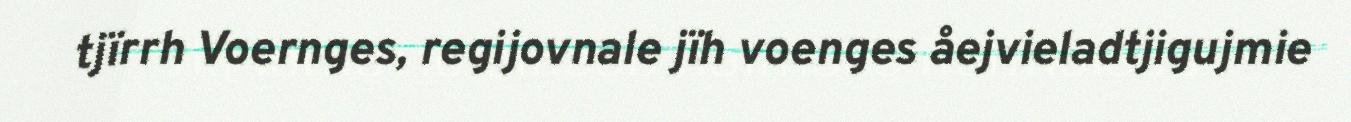
tjïrrh Voernges, regijovnale jïh voenges åejvieladtjigujmie